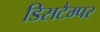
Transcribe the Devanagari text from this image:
डिसटैम्पर